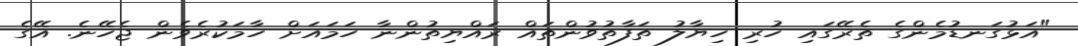
"އަޅުގަނޑުމެންގެ ތެރޭގައި ހުރި ހިޔާލު ތަފާތުވުންތައް ރައްޔިތުންނާ ހަމައަށް ހާމަކުރެވެން ޖެހޭނެ. އޭގެ